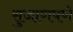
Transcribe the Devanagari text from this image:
सुजाणपणे